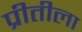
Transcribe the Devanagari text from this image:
प्रीतीला